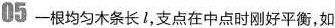
05 一根均匀木条长l，支点在中点时刚好平衡，如